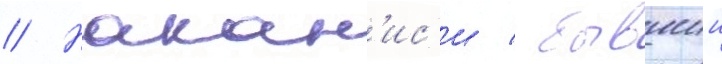
// Накан'ис'и / бывшии